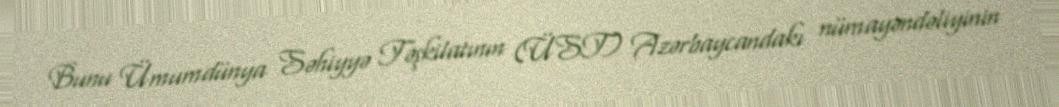
Bunu Ümumdünya Səhiyyə Təşkilatının (ÜST) Azərbaycandakı nümayəndəliyinin